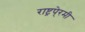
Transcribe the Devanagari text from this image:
राष्ट्रपे्रमी